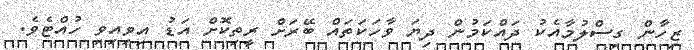
ޒިހާން ގިސްލުމާއެކު ދައްކަމުން ދިޔަ ވާހަކަތައް ބޭރަށް ރީތިކޮށް އަޑު އިވިއިވި ހުއްޓެވެ.